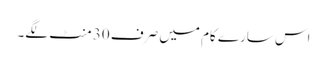
اس سارے کام میں صرف 30 منٹ لگے۔